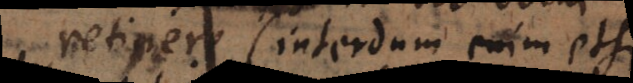
retinere (interdum enim etsi